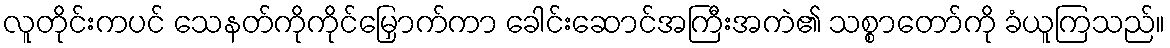
လူတိုင်းကပင် သေနတ်ကိုကိုင်မြှောက်ကာ ခေါင်းဆောင်အကြီးအကဲ၏ သစ္စာတော်ကို ခံယူကြသည်။